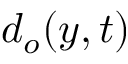
d _ { o } ( y , t )